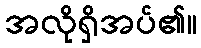
အလိုရှိအပ်၏။